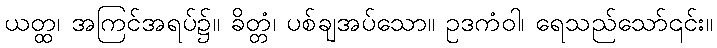
ယတ္ထ၊ အကြင်အရပ်၌။ ခိတ္တံ၊ ပစ်ချအပ်သော။ ဥဒကံဝါ၊ ရေသည်သော်၎င်း။